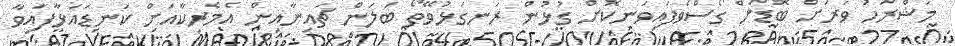
މަޝްރަހު ވަރަށް ބޮޑަށް ގޯސްވެފައިވަނިކޮށް ގުޅުން ރަނގަޅުވޭތޯ ބަލަން ޗައިނާއިން އެމެރިކާއަށް ކަނޑައަޅާފައިވާ